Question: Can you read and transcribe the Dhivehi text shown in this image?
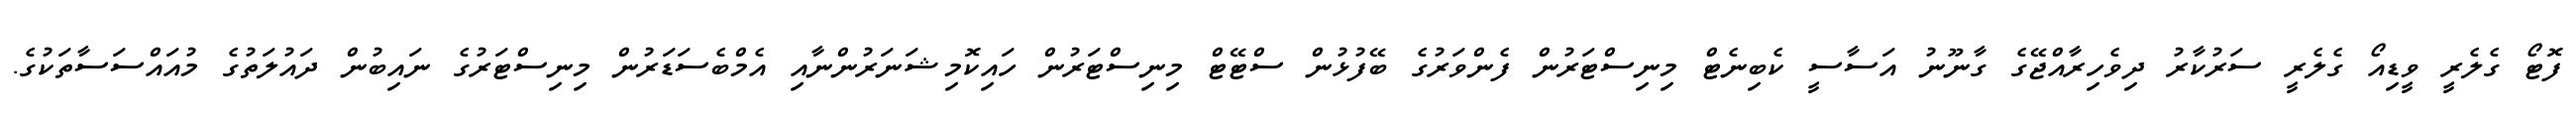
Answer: ފޮޓޯ ގެލެރީ ވީޑިއޯ ގެލެރީ ސަރުކާރު ދިވެހިރާއްޖޭގެ ގާނޫނު އަސާސީ ކެބިނެޓް މިނިސްޓަރުން ފެންވަރުގެ ބޭފުޅުން ސްޓޭޓް މިނިސްޓަރުން ހައިކޮމިޝަނަރުންނާއި އެމްބެސަޑަރުން މިނިސްޓަރުގެ ނައިބުން ދައުލަތުގެ މުއައްސަސާތަކުގެ.